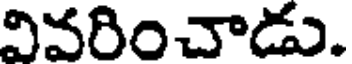
వివరించాడు.